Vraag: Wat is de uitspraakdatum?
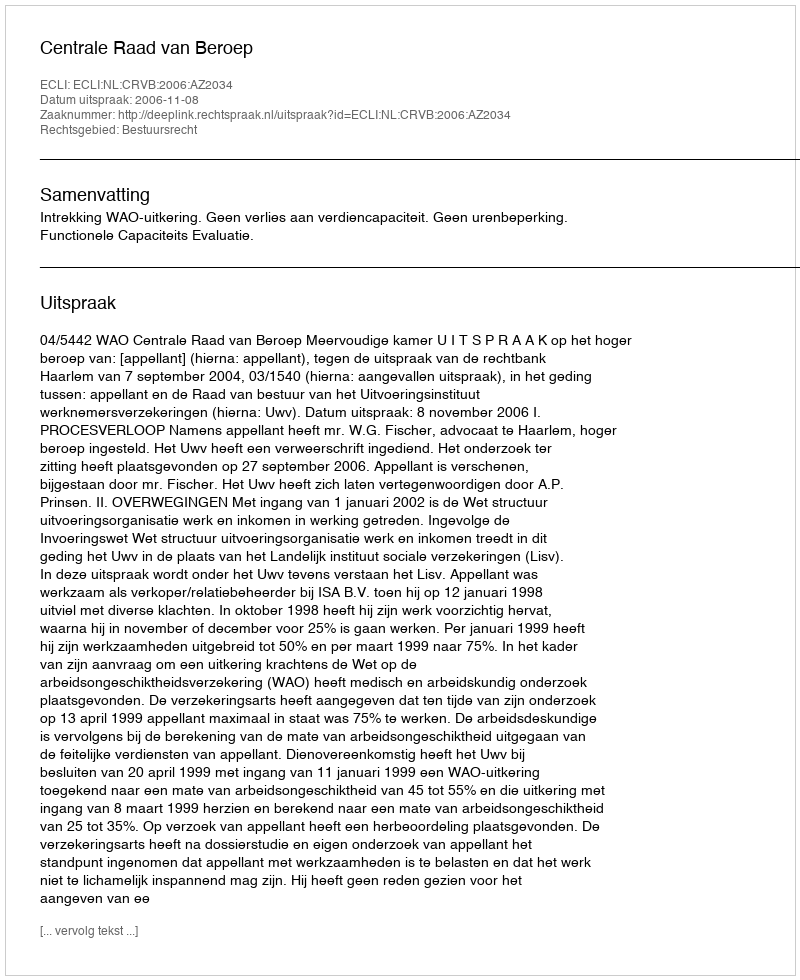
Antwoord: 2006-11-08